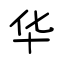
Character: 华